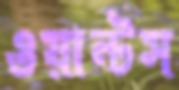
ওয়ান্টস